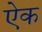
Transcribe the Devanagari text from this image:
एेक